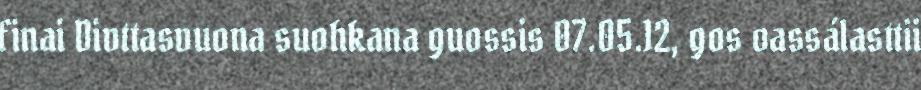
finai Divttasvuona suohkana guossis 07.05.12, gos oassálasttii